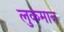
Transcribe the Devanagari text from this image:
लुकमान